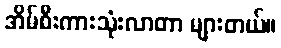
အိမ်စီးကားသုံးလာတာ များတယ်။